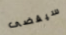
سيقضى